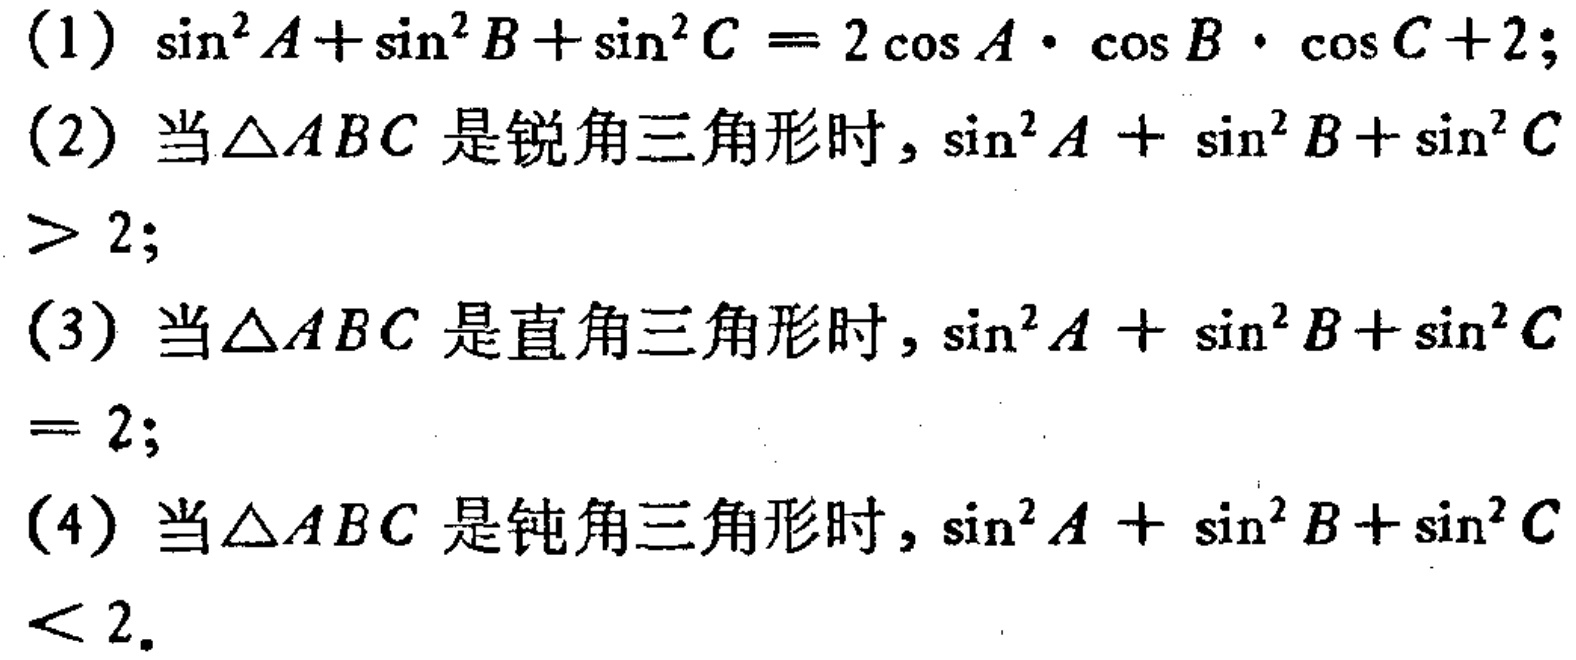
(1) \(\sin^{2}A+\sin^{2}B+\sin^{2}C = 2\cos A\cdot\cos B\cdot\cos C + 2\);

(2) 当\(\triangle ABC\)是锐角三角形时, \(\sin^{2}A + \sin^{2}B+\sin^{2}C> 2\);

(3) 当\(\triangle ABC\)是直角三角形时, \(\sin^{2}A + \sin^{2}B+\sin^{2}C = 2\);

(4) 当\(\triangle ABC\)是钝角三角形时, \(\sin^{2}A + \sin^{2}B+\sin^{2}C< 2\).